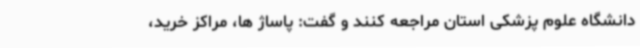
دانشگاه علوم پزشکی استان مراجعه کنند و گفت: پاساژ ها، مراکز خرید،